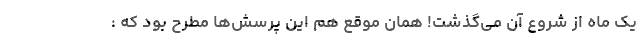
یک ماه از شروع آن می‌گذشت! همان موقع هم این پرسش‌ها مطرح بود که :